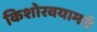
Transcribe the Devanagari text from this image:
किशोरवयामधे